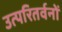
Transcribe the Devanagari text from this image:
उत्परितर्वनों